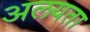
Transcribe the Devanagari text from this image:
अलयता